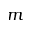
m